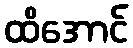
ထိအောင်